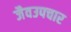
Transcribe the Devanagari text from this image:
जैवउपचार